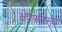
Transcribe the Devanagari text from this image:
क्षेत्रफळसुद्धा